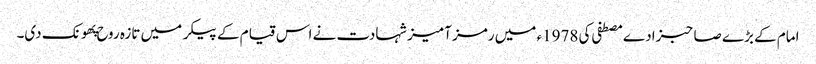
امام کے بڑے صاحبزادے مصطفی کی 1978ء میں رمز آمیز شہادت نے اس قیام کے پیکر میں تازہ روح پهونک دی۔